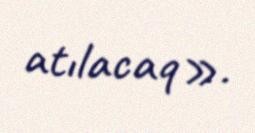
atılacaq».